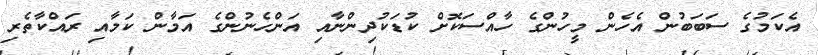
އެކަމުގެ ސަބަބުން އެހެން މީހުންގެ ހާއްސަކޮށް ކުޑަކުދިންނާއި އަންހެނުންގެ އަމާން ކަމާއި ރައްކާތެރި